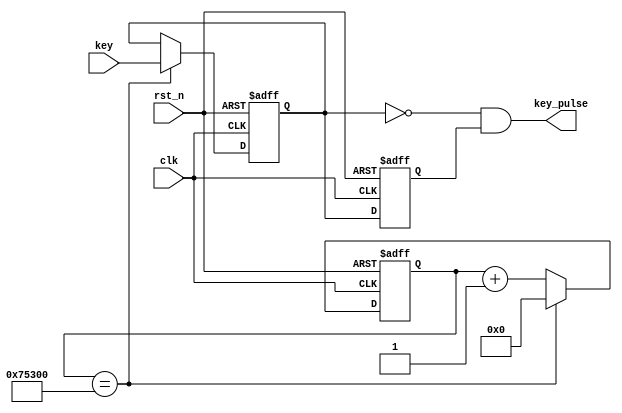
`timescale 1ns / 1ps
// --------------------------------------------------------------------
// >>>>>>>>>>>>>>>>>>>>>>>>> COPYRIGHT NOTICE <<<<<<<<<<<<<<<<<<<<<<<<<
// --------------------------------------------------------------------
// 
// 
// Description:
//
//		
// 
// Web: www.anlogic.com
// --------------------------------------------------------------------
module key
#(
	parameter  N         =  1,
	parameter  CNT_20MS  =  19'd480000 //24MHz20ms
)
(
	input	wire         clk,
	input	wire         rst_n,
	// key
	input   wire [N-1:0] key,
	output	wire [N-1:0] key_pulse
); 

reg [18:0]	cnt; //24MHz20ms   

always@(posedge clk or negedge rst_n)
begin
     if(!rst_n)
          cnt <= 0;
     else if(cnt == CNT_20MS)
          cnt <= 0;
     else
          cnt <= cnt + 1'h1;
end  

reg [N-1:0] key_sec_pre;                
reg [N-1:0] key_sec;                      

always@(posedge clk  or  negedge rst_n)
begin
     if(!rst_n) 
         key_sec <= {N{1'b1}};                
     else if(cnt == CNT_20MS)
         key_sec <= key;  
end

always@(posedge clk  or  negedge rst_n)
begin
     if(!rst_n)
         key_sec_pre <= {N{1'b1}};
     else                   
         key_sec_pre <= key_sec;             
end  
    
assign  key_pulse = ~key_sec & key_sec_pre ;     
 
endmodule